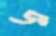
জ